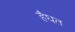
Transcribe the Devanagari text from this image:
हैघत